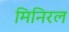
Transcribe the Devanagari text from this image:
मिनिरल